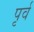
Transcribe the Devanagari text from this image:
पृर्व